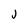
Character: j